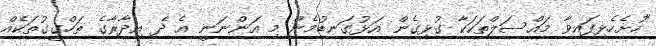
"ހުށެހެޅިފައިވާ މައްސަލްތަކަކާ ގުޅިގެން އަޅުގަނޑުމެން މި އަންނަނީ އެ ދެ އިދާރާގެ ތަހްގީގުތަކެއް